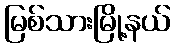
မြစ်သားမြို့နယ်